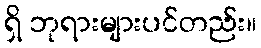
ရှိ ဘုရားများပင်တည်း။